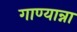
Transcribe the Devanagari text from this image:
गाण्यान्ना